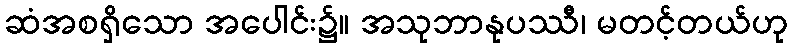
ဆံအစရှိသော အပေါင်း၌။ အသုဘာနုပဿီ၊ မတင့်တယ်ဟု